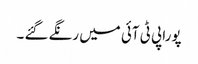
پورا پی ٹی آئی میں رنگے گئے ۔